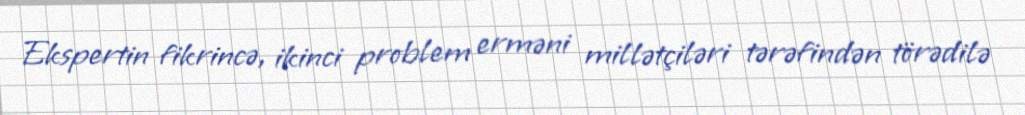
Ekspertin fikrincə, ikinci problem erməni millətçiləri tərəfindən törədilə